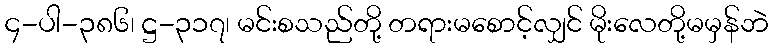
၄-ပါ-၃၈၆၊ ဋ္ဌ-၃၁၇၊ မင်းစသည်တို့ တရားမစောင့်လျှင် မိုးလေတို့မမှန်ဘဲ